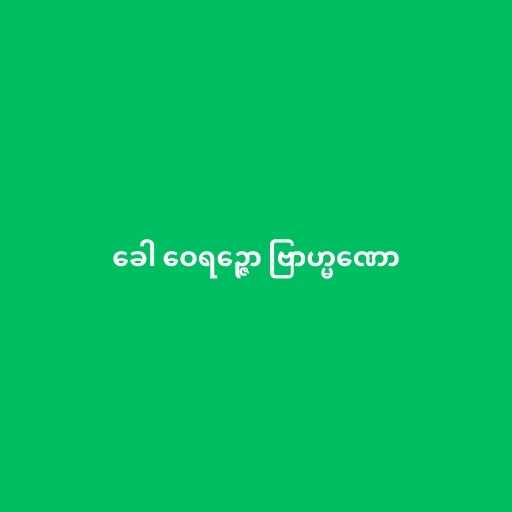
ခေါ ဝေရဉ္ဇော ဗြာဟ္မဏော